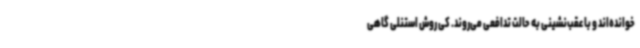
خوانده‌اند و با عقب‌نشینی به حالت تدافعی می‌روند. کی روش استنلی گاهی